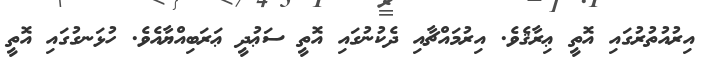
އިރުއުތުރުގައި އޮތީ ޢިރާޤެވެ. އިރުމައްޗާއި ދެކުނުގައި އޮތީ ސަޢުދީ ޢަރަބިއްޔާއެވެ. ހުޅަނގުގައި އޮތީ